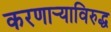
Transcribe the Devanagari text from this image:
करणार्‍याविरुद्ध